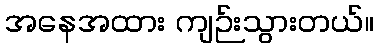
အနေအထား ကျဉ်းသွားတယ်။